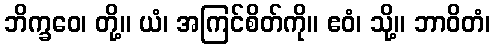
ဘိက္ခဝေ၊ တို့။ ယံ၊ အကြင်စိတ်ကို။ ဧဝံ၊ သို့။ ဘာဝိတံ၊